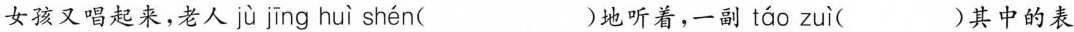
女孩又唱起来，老人 jù jīng huì shén ( )地听着，一副 táo zuì ()其中的表